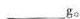
___g。